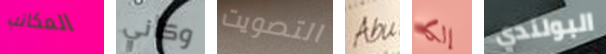
المكاتب وكأني التصويت Abu إلكا البولندي